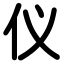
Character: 仪